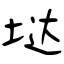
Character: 垯